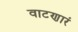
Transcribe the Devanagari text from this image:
वाटणारं